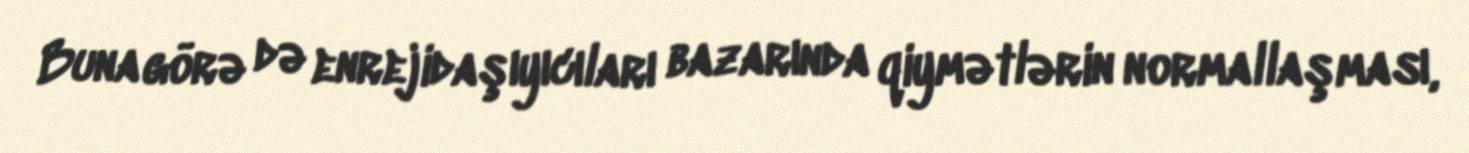
Buna görə də enrejidaşıyıcıları bazarında qiymətlərin normallaşması,